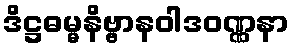
ဒိဋ္ဌဓမ္မနိဗ္ဗာနဝါဒဝဏ္ဏနာ